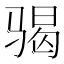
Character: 𩨀